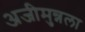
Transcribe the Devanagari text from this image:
अजीमुन्नला